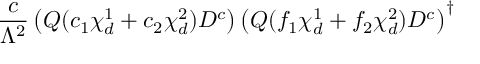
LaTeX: { \frac { c } { \Lambda ^ { 2 } } } \left( { Q } ( c _ { 1 } \chi _ { d } ^ { 1 } + c _ { 2 } \chi _ { d } ^ { 2 } ) D ^ { c } \right) \left( { Q } ( f _ { 1 } \chi _ { d } ^ { 1 } + f _ { 2 } \chi _ { d } ^ { 2 } ) D ^ { c } \right) ^ { \dagger }